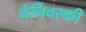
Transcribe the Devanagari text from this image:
चेर्निवस्की